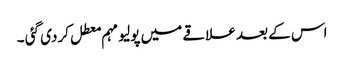
اس کے بعد علاقے میں پولیو مہم معطل کردی گئی ۔